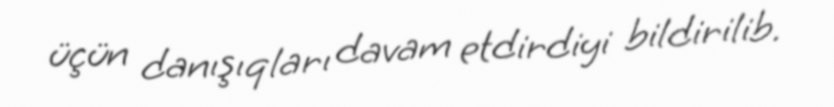
üçün danışıqları davam etdirdiyi bildirilib.